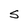
Character: S